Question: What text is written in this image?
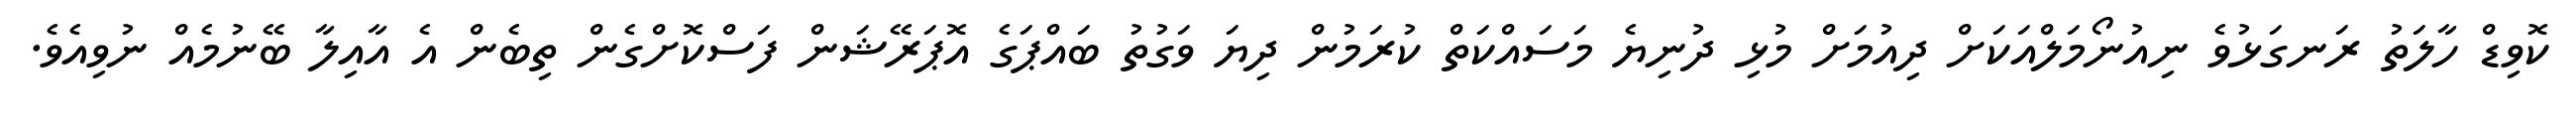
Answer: ކޮވިޑް ހާލަތު ރަނގަޅުވެ ނިއުނޯމަލްއަކަށް ދިއުމަށް މުޅި ދުނިޔެ މަސައްކަތް ކުރަމުން ދިޔަ ވަގުތު ބައްޕަގެ އޮޕަރޭޝަން ފަސްކޮށްގެން ތިބެން އެ އާއިލާ ބޭނުމެއް ނުވިއެވެ.